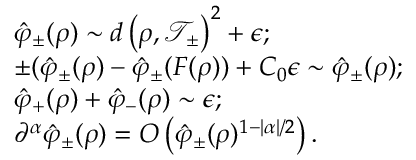
\begin{array} { r l } & { \hat { \varphi } _ { \pm } ( \rho ) \sim d \left( \rho , \mathcal { T } _ { \pm } \right) ^ { 2 } + \epsilon ; } \\ & { \pm ( \hat { \varphi } _ { \pm } ( \rho ) - \hat { \varphi } _ { \pm } ( F ( \rho ) ) + C _ { 0 } \epsilon \sim \hat { \varphi } _ { \pm } ( \rho ) ; } \\ & { \hat { \varphi } _ { + } ( \rho ) + \hat { \varphi } _ { - } ( \rho ) \sim \epsilon ; } \\ & { \partial ^ { \alpha } \hat { \varphi } _ { \pm } ( \rho ) = O \left( \hat { \varphi } _ { \pm } ( \rho ) ^ { 1 - | \alpha | / 2 } \right) . } \end{array}